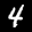
Label: 4